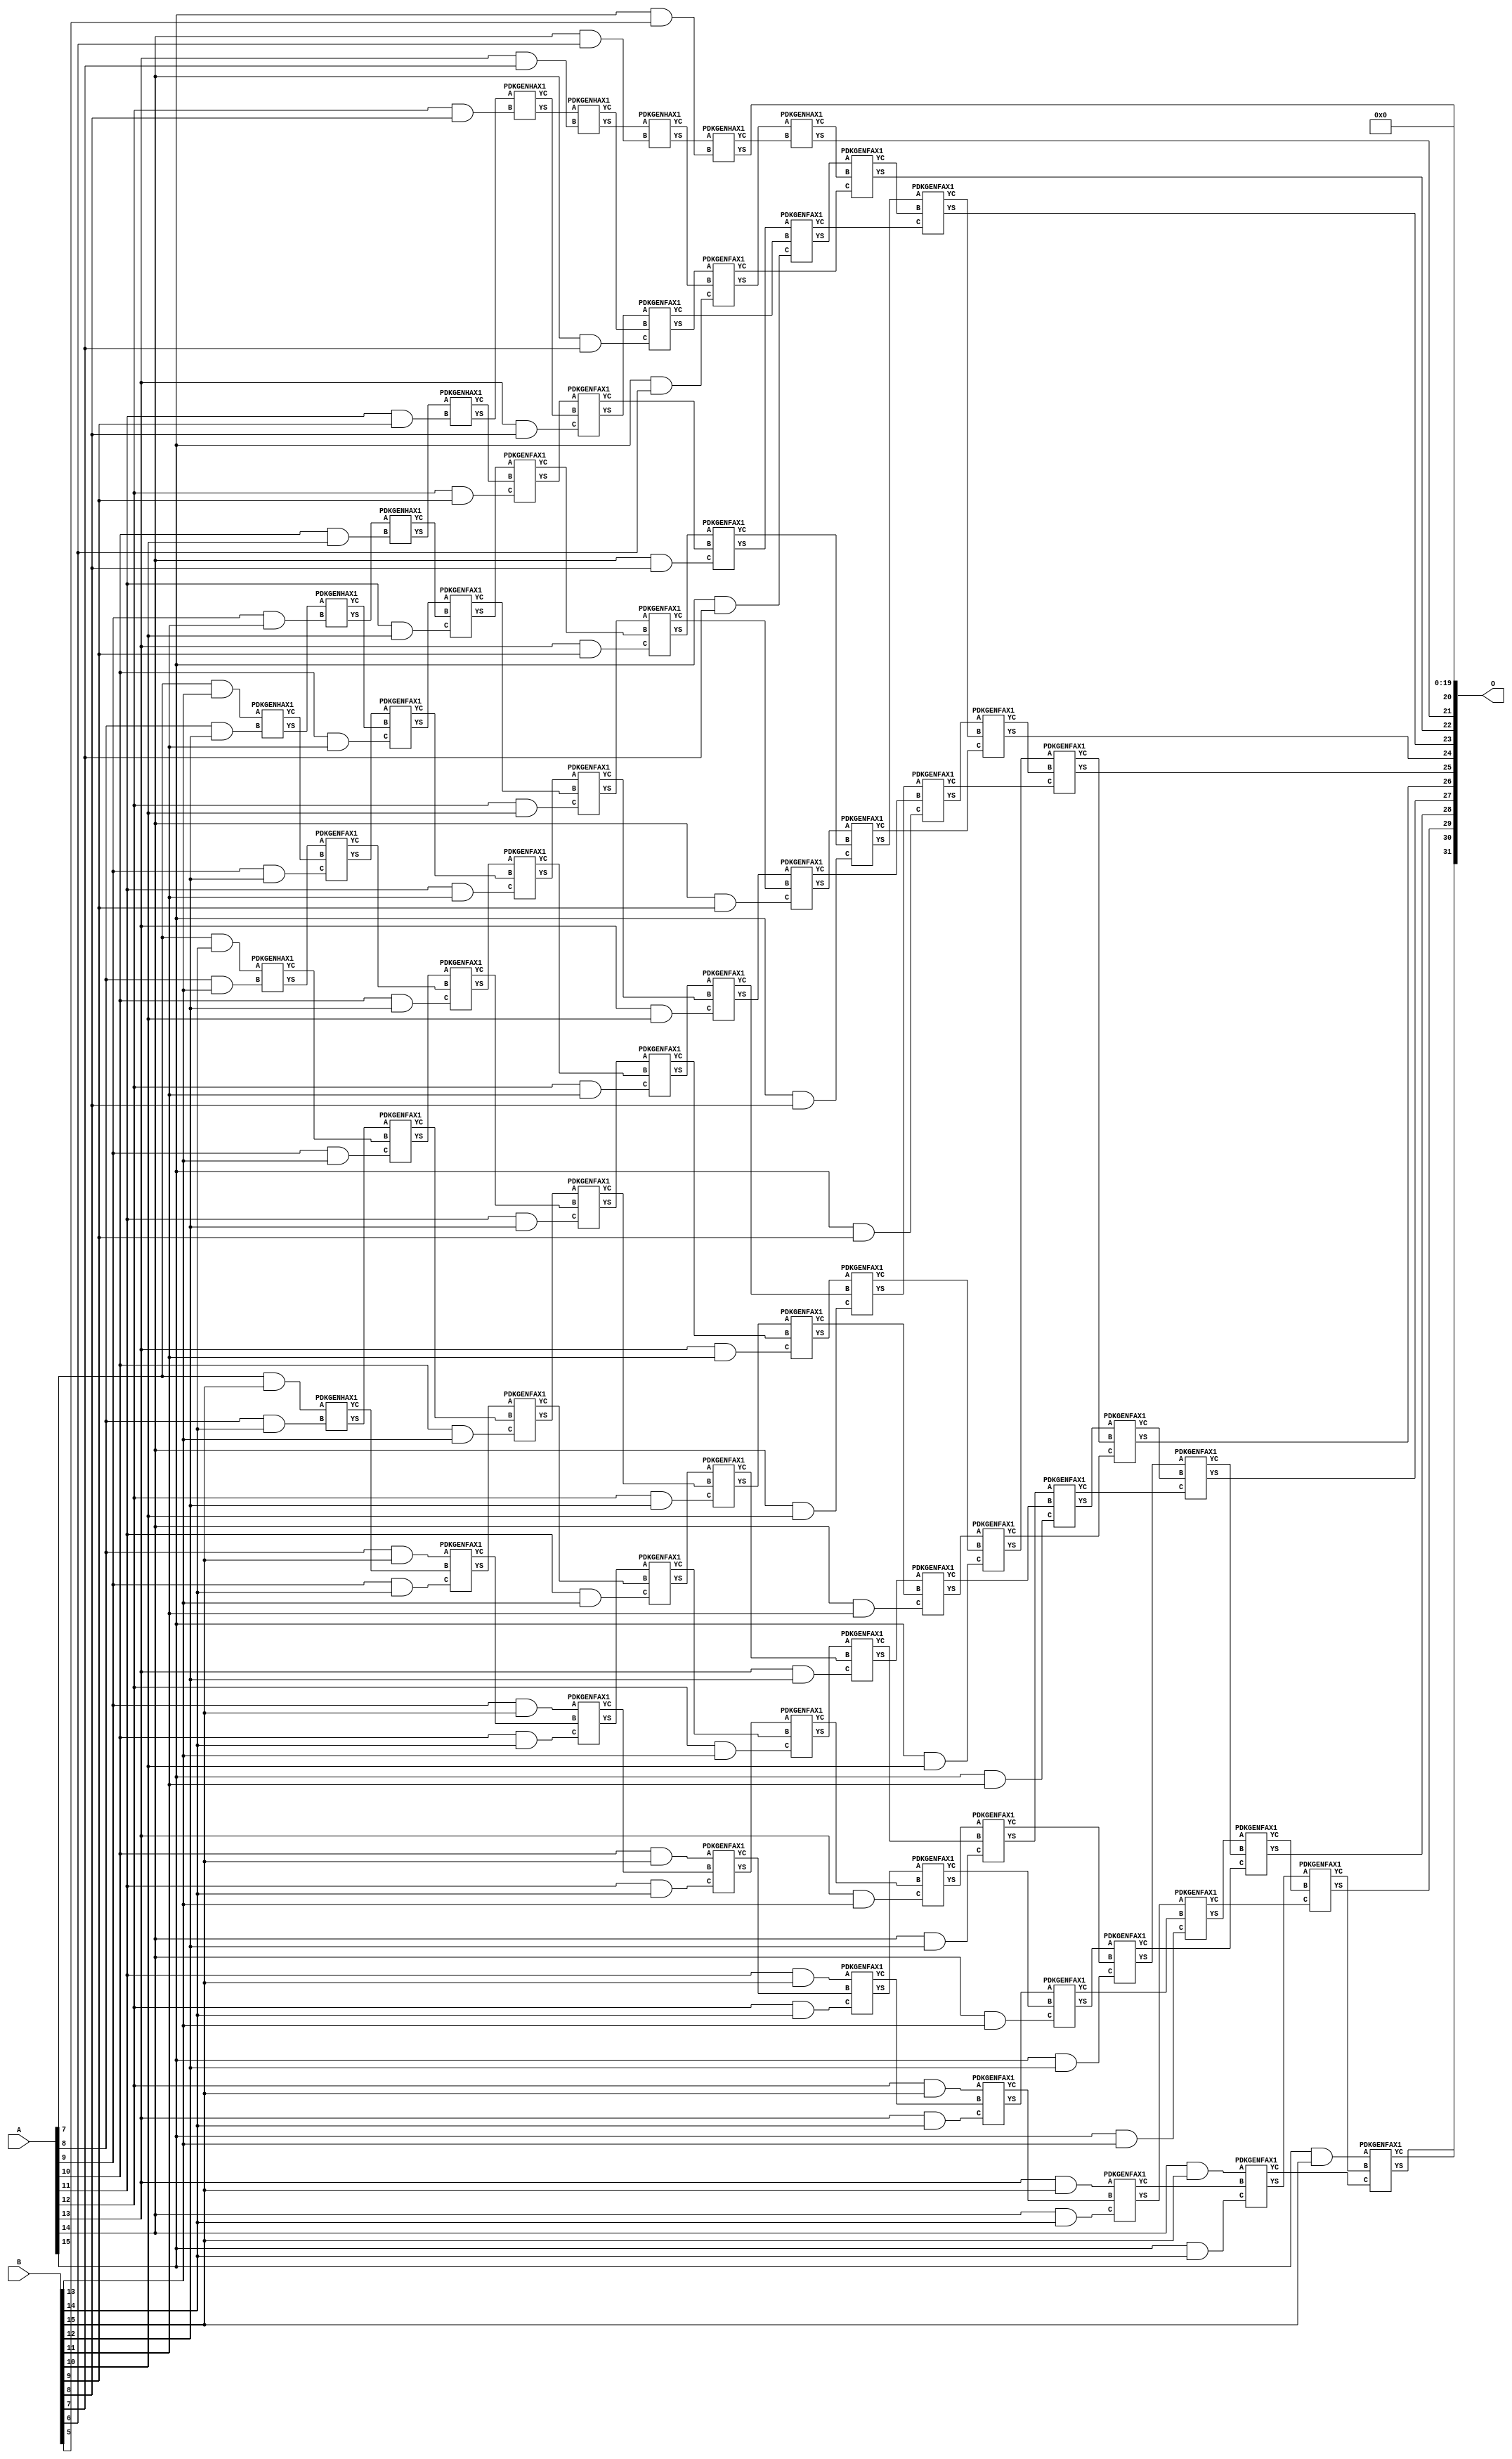
/***
* This code is a part of EvoApproxLib library (ehw.fit.vutbr.cz/approxlib) distributed under The MIT License.
* When used, please cite the following article(s): V. Mrazek, Z. Vasicek, L. Sekanina, H. Jiang and J. Han, "Scalable Construction of Approximate Multipliers With Formally Guaranteed Worst Case Error" in IEEE Transactions on Very Large Scale Integration (VLSI) Systems, vol. 26, no. 11, pp. 2572-2576, Nov. 2018. doi: 10.1109/TVLSI.2018.2856362 
* This file contains a circuit from a sub-set of pareto optimal circuits with respect to the pwr and mae parameters
***/
// MAE% = 0.10 %
// MAE = 4423680 
// WCE% = 0.41 %
// WCE = 17694721 
// WCRE% = 100.00 %
// EP% = 100.00 %
// MRE% = 2.07 %
// MSE = 24400.46e9 
// PDK45_PWR = 0.482 mW
// PDK45_AREA = 746.2 um2
// PDK45_DELAY = 2.03 ns


module mul16u_GPF ( A, B, O );
  input [15:0] A;
  input [15:0] B;
  output [31:0] O;

  wire C_10_10,C_10_11,C_10_12,C_10_13,C_10_14,C_11_10,C_11_11,C_11_12,C_11_13,C_11_14,C_11_9,C_12_10,C_12_11,C_12_12,C_12_13,C_12_14,C_12_8,C_12_9,C_13_10,C_13_11,C_13_12,C_13_13,C_13_14,C_13_7,C_13_8,C_13_9,C_14_10,C_14_11,C_14_12,C_14_13,C_14_14,C_14_6,C_14_7,C_14_8,C_14_9,C_15_10,C_15_11,C_15_12,C_15_13,C_15_14,C_15_5,C_15_6,C_15_7,C_15_8,C_15_9,C_16_10,C_16_11,C_16_12,C_16_13,C_16_14,C_16_5,C_16_6,C_16_7,C_16_8,C_16_9,C_8_12,C_8_13,C_8_14,C_9_11,C_9_12,C_9_13,C_9_14,S_10_10,S_10_11,S_10_12,S_10_13,S_10_14,S_10_15,S_11_10,S_11_11,S_11_12,S_11_13,S_11_14,S_11_15,S_11_9,S_12_10,S_12_11,S_12_12,S_12_13,S_12_14,S_12_15,S_12_8,S_12_9,S_13_10,S_13_11,S_13_12,S_13_13,S_13_14,S_13_15,S_13_7,S_13_8,S_13_9,S_14_10,S_14_11,S_14_12,S_14_13,S_14_14,S_14_15,S_14_6,S_14_7,S_14_8,S_14_9,S_15_10,S_15_11,S_15_12,S_15_13,S_15_14,S_15_15,S_15_5,S_15_6,S_15_7,S_15_8,S_15_9,S_16_10,S_16_11,S_16_12,S_16_13,S_16_14,S_16_15,S_16_4,S_16_5,S_16_6,S_16_7,S_16_8,S_16_9,S_7_13,S_7_14,S_7_15,S_8_12,S_8_13,S_8_14,S_8_15,S_9_11,S_9_12,S_9_13,S_9_14,S_9_15;

  assign S_7_13 = (A[7] & B[13]);
  assign S_7_14 = (A[7] & B[14]);
  assign S_7_15 = (A[7] & B[15]);
  PDKGENHAX1 U183901 (.A(S_7_13), .B((A[8] & B[12])), .YS(S_8_12), .YC(C_8_12));
  PDKGENHAX1 U183902 (.A(S_7_14), .B((A[8] & B[13])), .YS(S_8_13), .YC(C_8_13));
  PDKGENHAX1 U183903 (.A(S_7_15), .B((A[8] & B[14])), .YS(S_8_14), .YC(C_8_14));
  assign S_8_15 = (A[8] & B[15]);
  PDKGENHAX1 U183916 (.A(S_8_12), .B((A[9] & B[11])), .YS(S_9_11), .YC(C_9_11));
  PDKGENFAX1 U183917 (.A(S_8_13), .B(C_8_12), .C((A[9] & B[12])), .YS(S_9_12), .YC(C_9_12));
  PDKGENFAX1 U183918 (.A(S_8_14), .B(C_8_13), .C((A[9] & B[13])), .YS(S_9_13), .YC(C_9_13));
  PDKGENFAX1 U183919 (.A(S_8_15), .B(C_8_14), .C((A[9] & B[14])), .YS(S_9_14), .YC(C_9_14));
  assign S_9_15 = (A[9] & B[15]);
  PDKGENHAX1 U183931 (.A(S_9_11), .B((A[10] & B[10])), .YS(S_10_10), .YC(C_10_10));
  PDKGENFAX1 U183932 (.A(S_9_12), .B(C_9_11), .C((A[10] & B[11])), .YS(S_10_11), .YC(C_10_11));
  PDKGENFAX1 U183933 (.A(S_9_13), .B(C_9_12), .C((A[10] & B[12])), .YS(S_10_12), .YC(C_10_12));
  PDKGENFAX1 U183934 (.A(S_9_14), .B(C_9_13), .C((A[10] & B[13])), .YS(S_10_13), .YC(C_10_13));
  PDKGENFAX1 U183935 (.A(S_9_15), .B(C_9_14), .C((A[10] & B[14])), .YS(S_10_14), .YC(C_10_14));
  assign S_10_15 = (A[10] & B[15]);
  PDKGENHAX1 U183946 (.A(S_10_10), .B((A[11] & B[9])), .YS(S_11_9), .YC(C_11_9));
  PDKGENFAX1 U183947 (.A(S_10_11), .B(C_10_10), .C((A[11] & B[10])), .YS(S_11_10), .YC(C_11_10));
  PDKGENFAX1 U183948 (.A(S_10_12), .B(C_10_11), .C((A[11] & B[11])), .YS(S_11_11), .YC(C_11_11));
  PDKGENFAX1 U183949 (.A(S_10_13), .B(C_10_12), .C((A[11] & B[12])), .YS(S_11_12), .YC(C_11_12));
  PDKGENFAX1 U183950 (.A(S_10_14), .B(C_10_13), .C((A[11] & B[13])), .YS(S_11_13), .YC(C_11_13));
  PDKGENFAX1 U183951 (.A(S_10_15), .B(C_10_14), .C((A[11] & B[14])), .YS(S_11_14), .YC(C_11_14));
  assign S_11_15 = (A[11] & B[15]);
  PDKGENHAX1 U183961 (.A(S_11_9), .B((A[12] & B[8])), .YS(S_12_8), .YC(C_12_8));
  PDKGENFAX1 U183962 (.A(S_11_10), .B(C_11_9), .C((A[12] & B[9])), .YS(S_12_9), .YC(C_12_9));
  PDKGENFAX1 U183963 (.A(S_11_11), .B(C_11_10), .C((A[12] & B[10])), .YS(S_12_10), .YC(C_12_10));
  PDKGENFAX1 U183964 (.A(S_11_12), .B(C_11_11), .C((A[12] & B[11])), .YS(S_12_11), .YC(C_12_11));
  PDKGENFAX1 U183965 (.A(S_11_13), .B(C_11_12), .C((A[12] & B[12])), .YS(S_12_12), .YC(C_12_12));
  PDKGENFAX1 U183966 (.A(S_11_14), .B(C_11_13), .C((A[12] & B[13])), .YS(S_12_13), .YC(C_12_13));
  PDKGENFAX1 U183967 (.A(S_11_15), .B(C_11_14), .C((A[12] & B[14])), .YS(S_12_14), .YC(C_12_14));
  assign S_12_15 = (A[12] & B[15]);
  PDKGENHAX1 U183976 (.A(S_12_8), .B((A[13] & B[7])), .YS(S_13_7), .YC(C_13_7));
  PDKGENFAX1 U183977 (.A(S_12_9), .B(C_12_8), .C((A[13] & B[8])), .YS(S_13_8), .YC(C_13_8));
  PDKGENFAX1 U183978 (.A(S_12_10), .B(C_12_9), .C((A[13] & B[9])), .YS(S_13_9), .YC(C_13_9));
  PDKGENFAX1 U183979 (.A(S_12_11), .B(C_12_10), .C((A[13] & B[10])), .YS(S_13_10), .YC(C_13_10));
  PDKGENFAX1 U183980 (.A(S_12_12), .B(C_12_11), .C((A[13] & B[11])), .YS(S_13_11), .YC(C_13_11));
  PDKGENFAX1 U183981 (.A(S_12_13), .B(C_12_12), .C((A[13] & B[12])), .YS(S_13_12), .YC(C_13_12));
  PDKGENFAX1 U183982 (.A(S_12_14), .B(C_12_13), .C((A[13] & B[13])), .YS(S_13_13), .YC(C_13_13));
  PDKGENFAX1 U183983 (.A(S_12_15), .B(C_12_14), .C((A[13] & B[14])), .YS(S_13_14), .YC(C_13_14));
  assign S_13_15 = (A[13] & B[15]);
  PDKGENHAX1 U183991 (.A(S_13_7), .B((A[14] & B[6])), .YS(S_14_6), .YC(C_14_6));
  PDKGENFAX1 U183992 (.A(S_13_8), .B(C_13_7), .C((A[14] & B[7])), .YS(S_14_7), .YC(C_14_7));
  PDKGENFAX1 U183993 (.A(S_13_9), .B(C_13_8), .C((A[14] & B[8])), .YS(S_14_8), .YC(C_14_8));
  PDKGENFAX1 U183994 (.A(S_13_10), .B(C_13_9), .C((A[14] & B[9])), .YS(S_14_9), .YC(C_14_9));
  PDKGENFAX1 U183995 (.A(S_13_11), .B(C_13_10), .C((A[14] & B[10])), .YS(S_14_10), .YC(C_14_10));
  PDKGENFAX1 U183996 (.A(S_13_12), .B(C_13_11), .C((A[14] & B[11])), .YS(S_14_11), .YC(C_14_11));
  PDKGENFAX1 U183997 (.A(S_13_13), .B(C_13_12), .C((A[14] & B[12])), .YS(S_14_12), .YC(C_14_12));
  PDKGENFAX1 U183998 (.A(S_13_14), .B(C_13_13), .C((A[14] & B[13])), .YS(S_14_13), .YC(C_14_13));
  PDKGENFAX1 U183999 (.A(S_13_15), .B(C_13_14), .C((A[14] & B[14])), .YS(S_14_14), .YC(C_14_14));
  assign S_14_15 = (A[14] & B[15]);
  PDKGENHAX1 U184006 (.A(S_14_6), .B((A[15] & B[5])), .YS(S_15_5), .YC(C_15_5));
  PDKGENFAX1 U184007 (.A(S_14_7), .B(C_14_6), .C((A[15] & B[6])), .YS(S_15_6), .YC(C_15_6));
  PDKGENFAX1 U184008 (.A(S_14_8), .B(C_14_7), .C((A[15] & B[7])), .YS(S_15_7), .YC(C_15_7));
  PDKGENFAX1 U184009 (.A(S_14_9), .B(C_14_8), .C((A[15] & B[8])), .YS(S_15_8), .YC(C_15_8));
  PDKGENFAX1 U184010 (.A(S_14_10), .B(C_14_9), .C((A[15] & B[9])), .YS(S_15_9), .YC(C_15_9));
  PDKGENFAX1 U184011 (.A(S_14_11), .B(C_14_10), .C((A[15] & B[10])), .YS(S_15_10), .YC(C_15_10));
  PDKGENFAX1 U184012 (.A(S_14_12), .B(C_14_11), .C((A[15] & B[11])), .YS(S_15_11), .YC(C_15_11));
  PDKGENFAX1 U184013 (.A(S_14_13), .B(C_14_12), .C((A[15] & B[12])), .YS(S_15_12), .YC(C_15_12));
  PDKGENFAX1 U184014 (.A(S_14_14), .B(C_14_13), .C((A[15] & B[13])), .YS(S_15_13), .YC(C_15_13));
  PDKGENFAX1 U184015 (.A(S_14_15), .B(C_14_14), .C((A[15] & B[14])), .YS(S_15_14), .YC(C_15_14));
  assign S_15_15 = (A[15] & B[15]);
  assign S_16_4 = S_15_5;
  PDKGENHAX1 U184022 (.A(S_15_6), .B(C_15_5), .YS(S_16_5), .YC(C_16_5));
  PDKGENFAX1 U184023 (.A(S_15_7), .B(C_16_5), .C(C_15_6), .YS(S_16_6), .YC(C_16_6));
  PDKGENFAX1 U184024 (.A(S_15_8), .B(C_16_6), .C(C_15_7), .YS(S_16_7), .YC(C_16_7));
  PDKGENFAX1 U184025 (.A(S_15_9), .B(C_16_7), .C(C_15_8), .YS(S_16_8), .YC(C_16_8));
  PDKGENFAX1 U184026 (.A(S_15_10), .B(C_16_8), .C(C_15_9), .YS(S_16_9), .YC(C_16_9));
  PDKGENFAX1 U184027 (.A(S_15_11), .B(C_16_9), .C(C_15_10), .YS(S_16_10), .YC(C_16_10));
  PDKGENFAX1 U184028 (.A(S_15_12), .B(C_16_10), .C(C_15_11), .YS(S_16_11), .YC(C_16_11));
  PDKGENFAX1 U184029 (.A(S_15_13), .B(C_16_11), .C(C_15_12), .YS(S_16_12), .YC(C_16_12));
  PDKGENFAX1 U184030 (.A(S_15_14), .B(C_16_12), .C(C_15_13), .YS(S_16_13), .YC(C_16_13));
  PDKGENFAX1 U184031 (.A(S_15_15), .B(C_16_13), .C(C_15_14), .YS(S_16_14), .YC(C_16_14));
  assign S_16_15 = C_16_14;
  assign O = {S_16_15,S_16_14,S_16_13,S_16_12,S_16_11,S_16_10,S_16_9,S_16_8,S_16_7,S_16_6,S_16_5,S_16_4,1'b0,1'b0,1'b0,1'b0,1'b0,1'b0,1'b0,1'b0,1'b0,1'b0,1'b0,1'b0,1'b0,1'b0,1'b0,1'b0,1'b0,1'b0,1'b0,1'b0};

endmodule

/* mod */
module PDKGENHAX1( input A, input B, output YS, output YC );
    assign YS = A ^ B;
    assign YC = A & B;
endmodule
/* mod */
module PDKGENFAX1( input A, input B, input C, output YS, output YC );
    assign YS = (A ^ B) ^ C;
    assign YC = (A & B) | (B & C) | (A & C);
endmodule